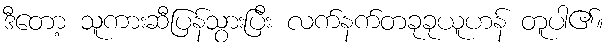
ဒီတော့ သူကားဆီပြန်သွားပြီး လက်နက်တခုခုယူဟန် တူပါ၏။